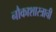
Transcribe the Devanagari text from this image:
नौकाशास्त्राची